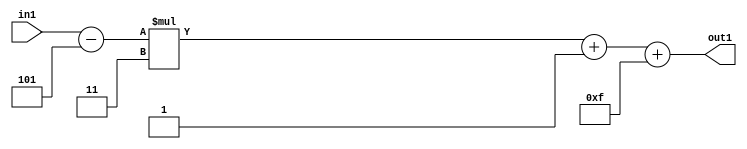
`timescale 1ps / 1ps
/*****************************************************************************
    Verilog RTL Description
    
    
    Created by: Stratus DpOpt 21.05.01 
*******************************************************************************/

module SobelFilter_Add2i15Add2i1Mul2i3Subi5s6_4 (
	in1,
	out1
	); /* architecture "behavioural" */ 
input [5:0] in1;
output [5:0] out1;
wire [5:0] asc001,
	asc003,
	asc004;

assign asc004 = 
	+(in1)
	-(6'B000101);

wire [5:0] asc003_tmp_0;
assign asc003_tmp_0 = 
	+(asc004 * 6'B000011);
assign asc003 = asc003_tmp_0
	+(6'B000001);

assign asc001 = 
	+(asc003)
	+(6'B001111);

assign out1 = asc001;
endmodule

/* CADENCE  uLn0TAk= : u9/ySxbfrwZIxEzHVQQV8Q== ** DO NOT EDIT THIS LINE ******/